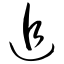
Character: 追